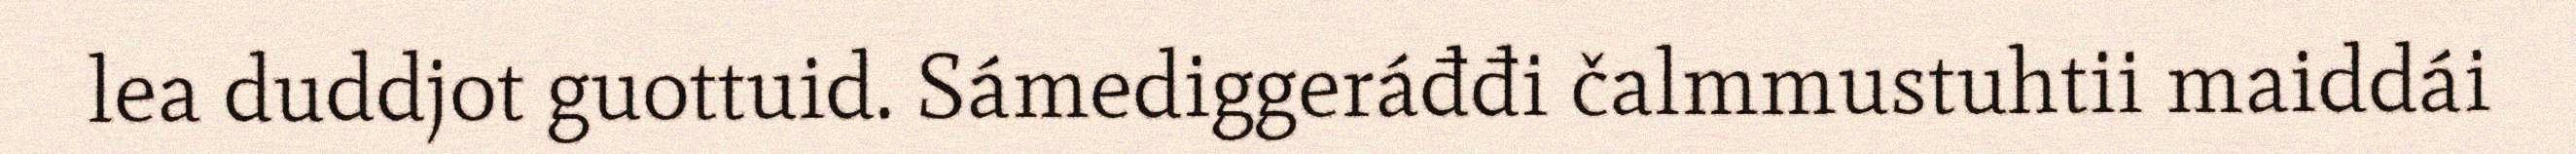
lea duddjot guottuid. Sámediggeráđđi čalmmustuhtii maiddái